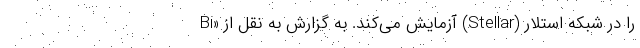
را در شبکه استلار (Stellar) آزمایش می‌کند. به گزارش به نقل از «Bi